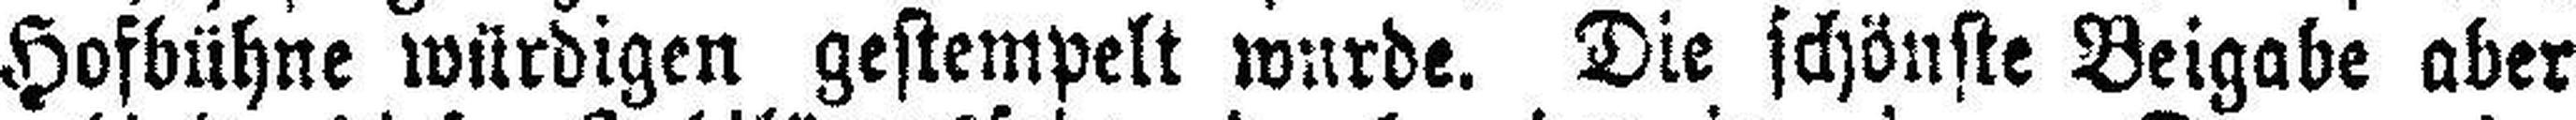
Hofbühne würdigen gestempelt wurde. Die schönste Beigabe aber